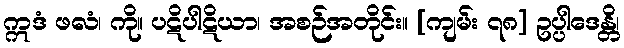
ဣဒံ ဖလံ၊ ကို။ ပဋိပါဋိယာ၊ အစဉ်အတိုင်း။ [ကျမ်း ၇၈] ဥပ္ပါဒေန္တိ၊